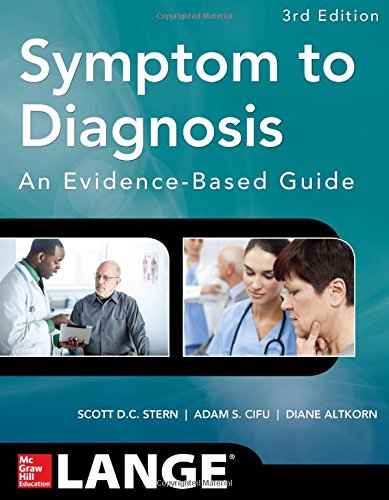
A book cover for Symptom to Diagnosis An Evidence Based Guide, Third Edition (Lange Medical Books); Scott Stern; Medical Books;